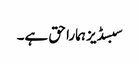
سبسڈیز ہمارا حق ہے۔